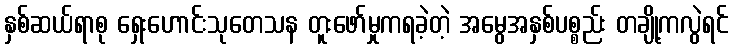
နှစ်ဆယ်ရာစု ရှေးဟောင်းသုတေသန တူးဖော်မှုကရခဲ့တဲ့ အမွေအနှစ်ပစ္စည်း တချို့ကလွဲရင်